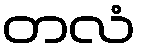
တလံ